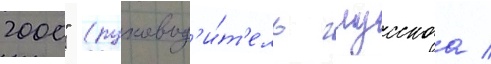
2000" (руковод'и́т'ель глусскаа /